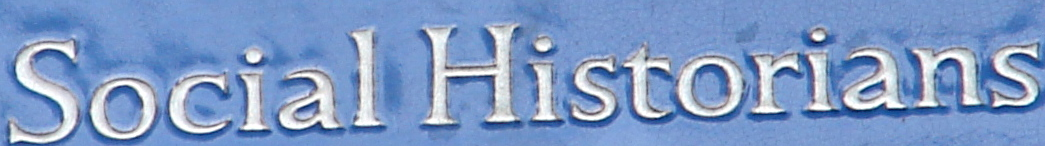
Social Historians